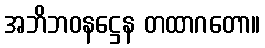
အဘိဘဝနဋ္ဌေန တထာဂတော။